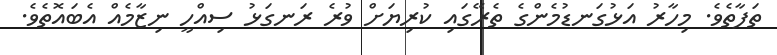
ތަފާތެވެ. މިހާރު އަޅުގަނޑުމެންގެ ތެރޭގައި ކުރިޔަށް ވުރެ ރަނގަޅު ސިއްހީ ނިޒާމެއް އެބައޮތެވެ.